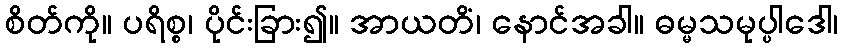
စိတ်ကို။ ပရိစ္စ၊ ပိုင်းခြား၍။ အာယတိံ၊ နောင်အခါ။ ဓမ္မသမုပ္ပါဒေါ၊